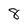
Character: 8